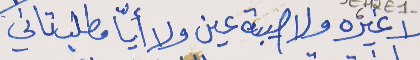
لا غيره ولا صيبة عين     ولا أيّا مطلب تاني